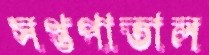
সপ্তপাতাল